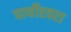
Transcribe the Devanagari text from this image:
पार्थीश्‍वरा